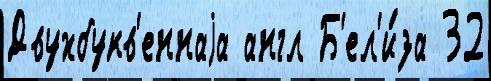
Двухбукв'еннаjа англ Б'ел'и́за 32